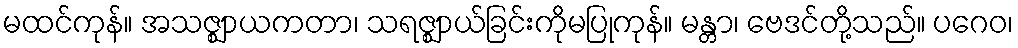
မထင်ကုန်။ အသဇ္ဈာယကတာ၊ သရဇ္ဈာယ်ခြင်းကိုမပြုကုန်။ မန္တာ၊ ဗေဒင်တို့သည်။ ပဂေဝ၊